Indian journal of veterinary science and animal husbandry - Volume 1,
Year: 1931
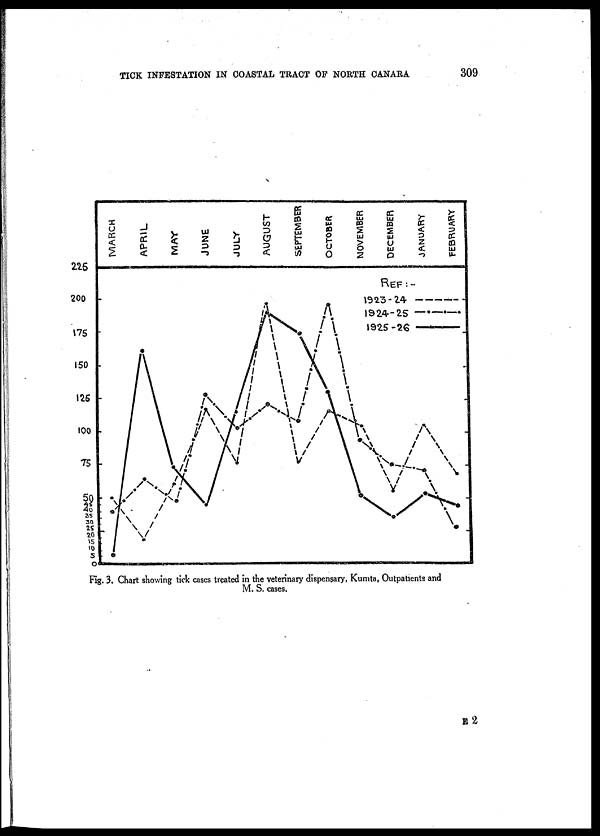
TICK INFESTATION IN COASTAL TRACT OF NORTH CANARA
309
Fig. 3. Chart showing tick cases treated in the veterinary dispensary, Kumta, Outpatients and
M. S. cases.
E 2